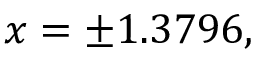
x = \pm 1 . 3 7 9 6 ,